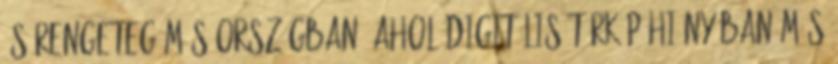
és rengeteg más országban, ahol digitális térkép hiányában más